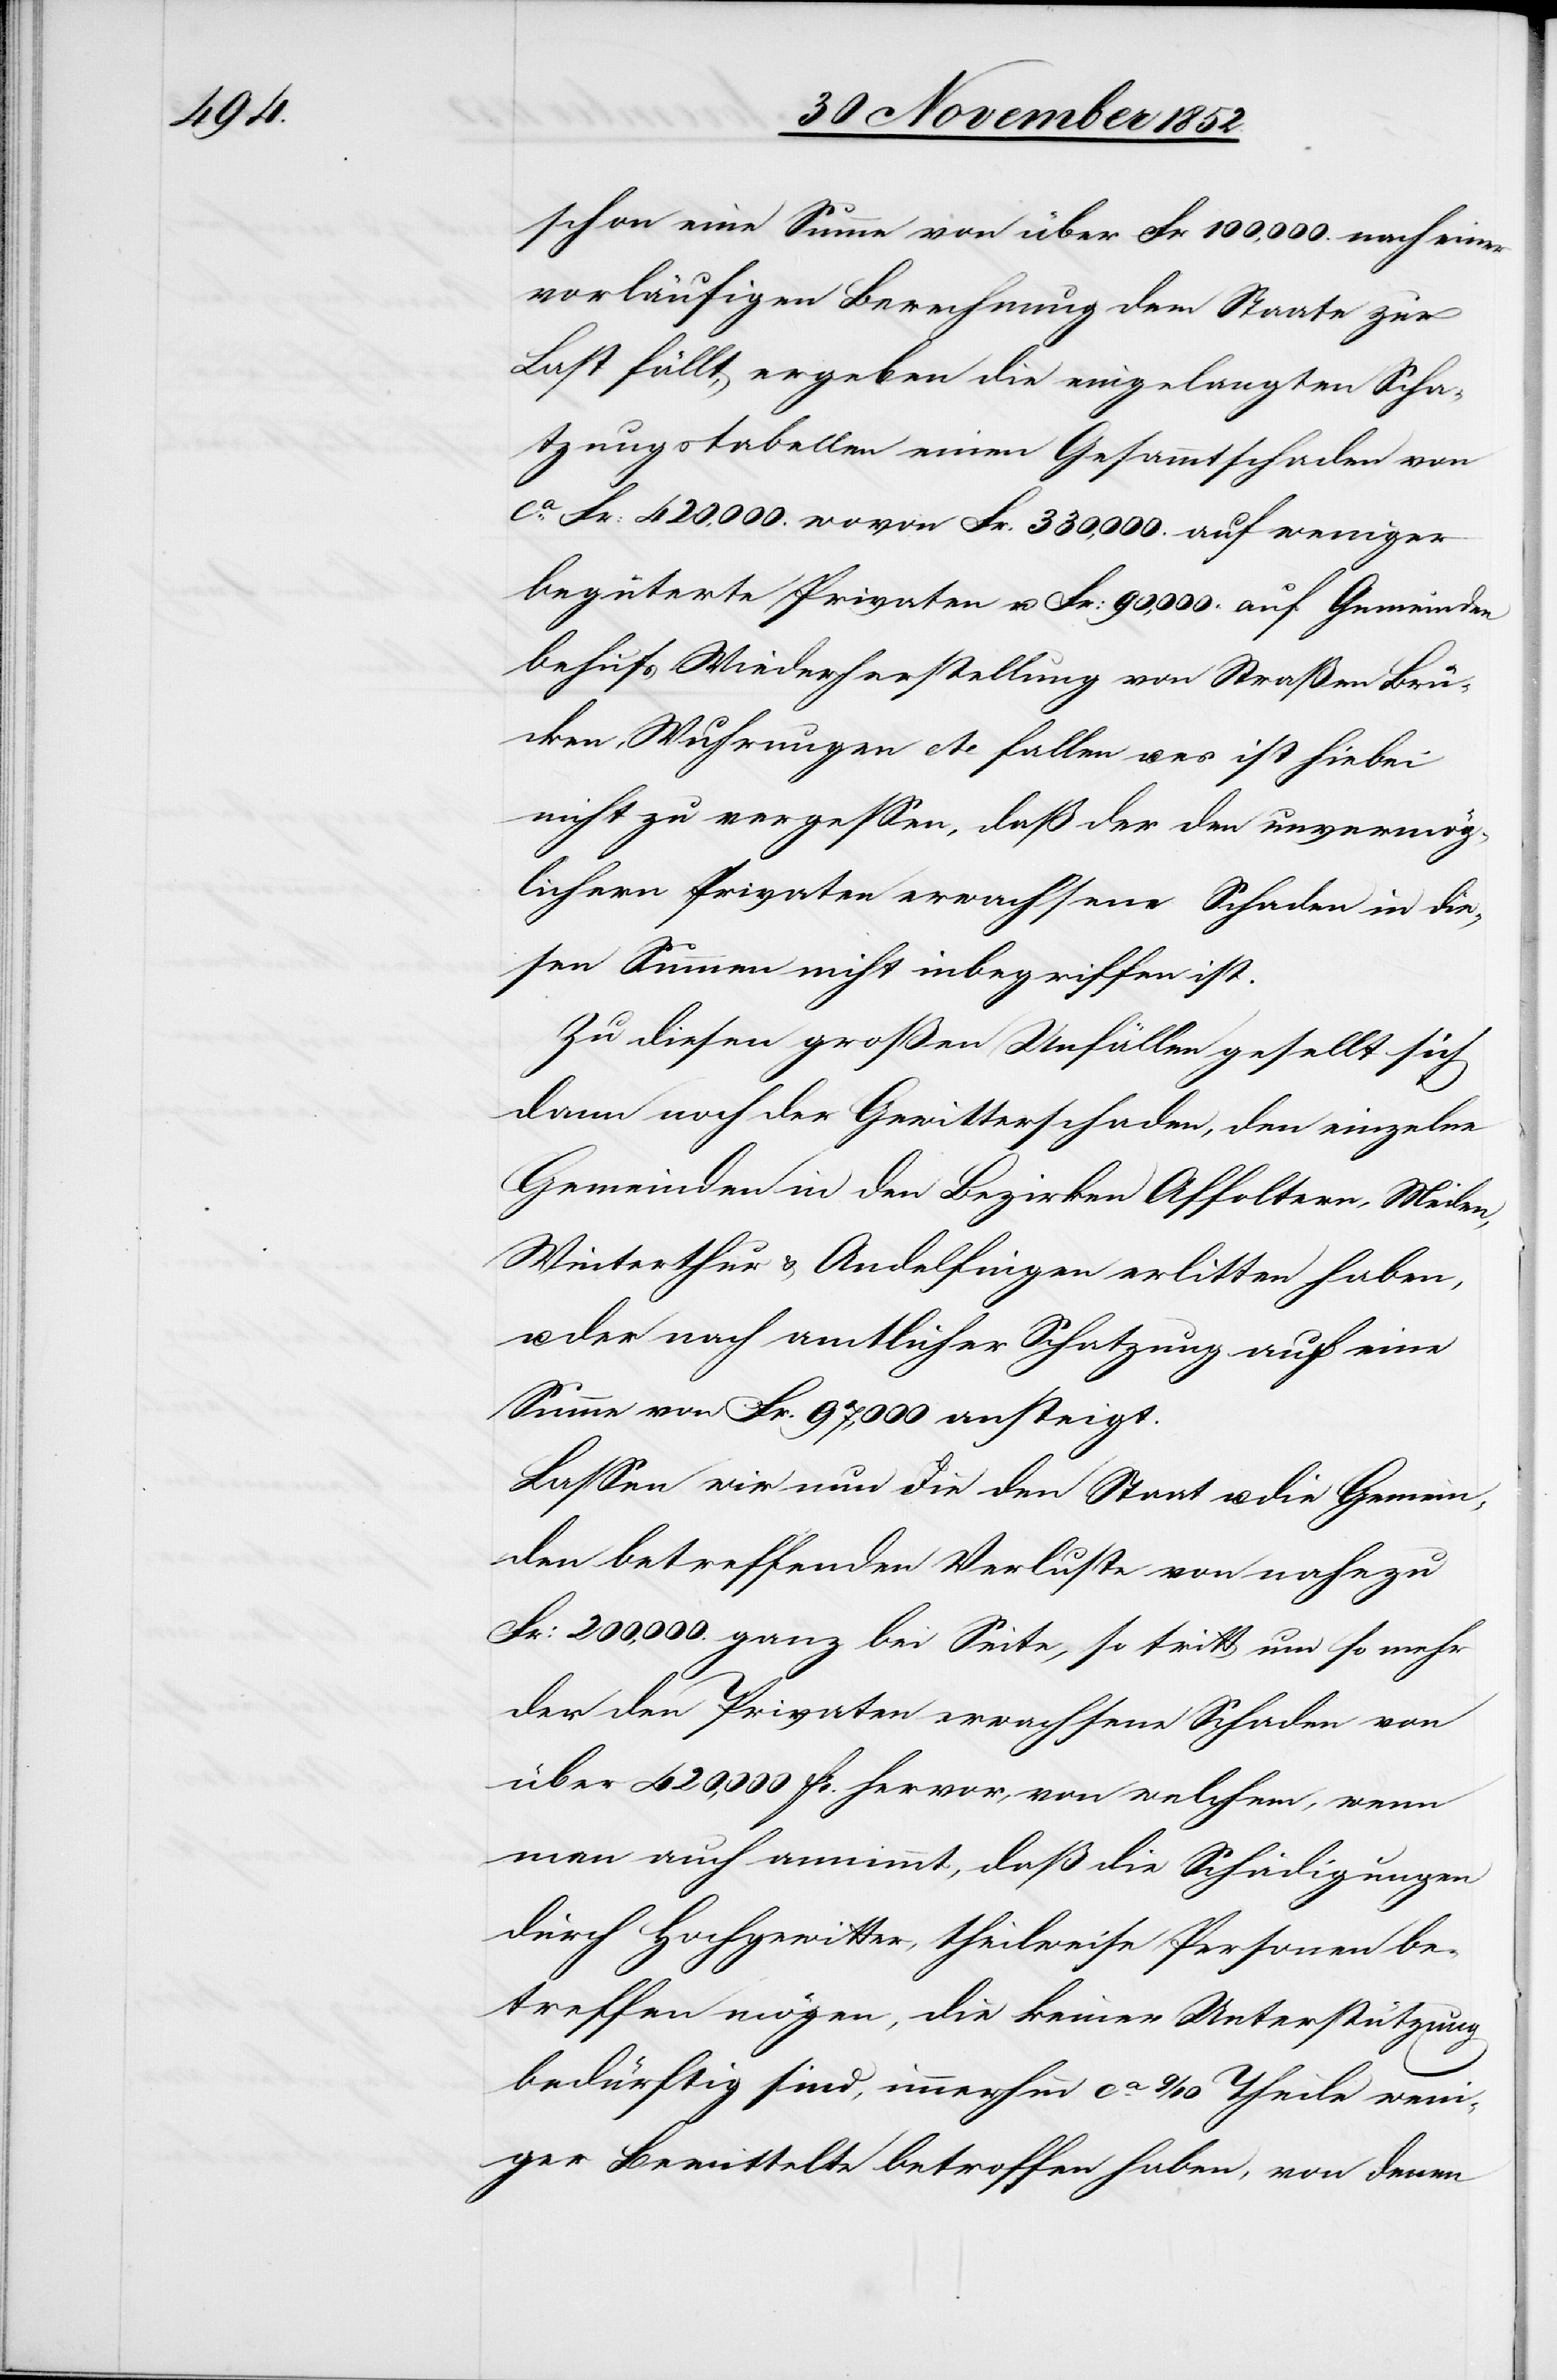
schon eine Summe von über Fr 100,000. nach einer
vorläufigen Berechnung dem Staate zur
Last fällt, ergeben die eingelangten Scha¬
tzungstabellen einen Gesammtschaden von
ca. Fr: 420,000. wovon Fr. 330,000. auf weniger
begüterte Privaten u. Fr: 90,000. auf Gemeinden
behufs Wiederherstellung von Straßen[,] Brü¬
cken, Wuhrungen etc fallen u. es ist hiebei
nicht zu vergessen, daß der den unvermög¬
lichern Privaten erwachsene Schaden in die¬
sen Summen nicht inbegriffen ist.
Zu diesen großen Unfällen gesellt sich
dann noch der Gewitterschaden, den einzelne
Gemeinden in den Bezirken Affoltern, Meilen,
Winterthur & Andelfingen erlitten haben,
der nach amtlicher Schatzung auf eine
Summe von Fr. 97,000 ansteigt.
Lassen wir nun die den Staat u. die Gemein¬
den betreffenden Verluste von nahezu
Fr: 200,000. ganz bei Seite, so tritt um so mehr
der den Privaten erwachsene Schaden von
über 420,000 Fr. hervor, von welchem, wenn
man auch annimmt, daß die Schädigungen
durch Hochgewitter, theilweise Personen be¬
treffen mögen, die keiner Unterstützung
bedürftig sind, immerhin ca. 9/10 Theile wen¬
iger Bemittelte betroffen haben, von denen